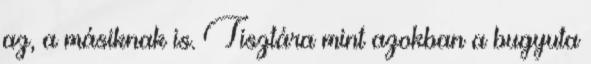
az, a másiknak is. Tisztára mint azokban a bugyuta